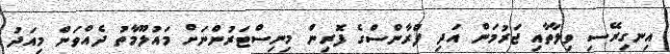
އިނގިރޭސި ވިލާތާއި ޖަރުމަން އަދި ފްރާންސްގެ ފޮރިން މިނިސްޓަރުންނަށް މައުލޫމާތު ދެއްވަން މިއަދު